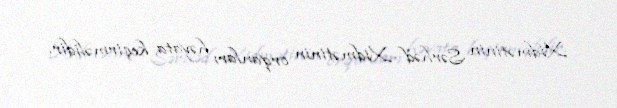
Xidmətinin Sərhəd Xidmətinin orqanları həyata keçirməlidir.